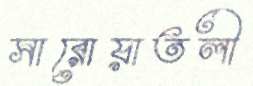
সারোয়াতলী